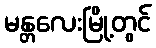
မန္တလေးမြို့တွင်